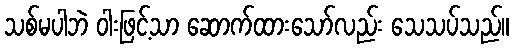
သစ်မပါဘဲ ဝါးဖြင့်သာ ဆောက်ထားသော်လည်း သေသပ်သည်။